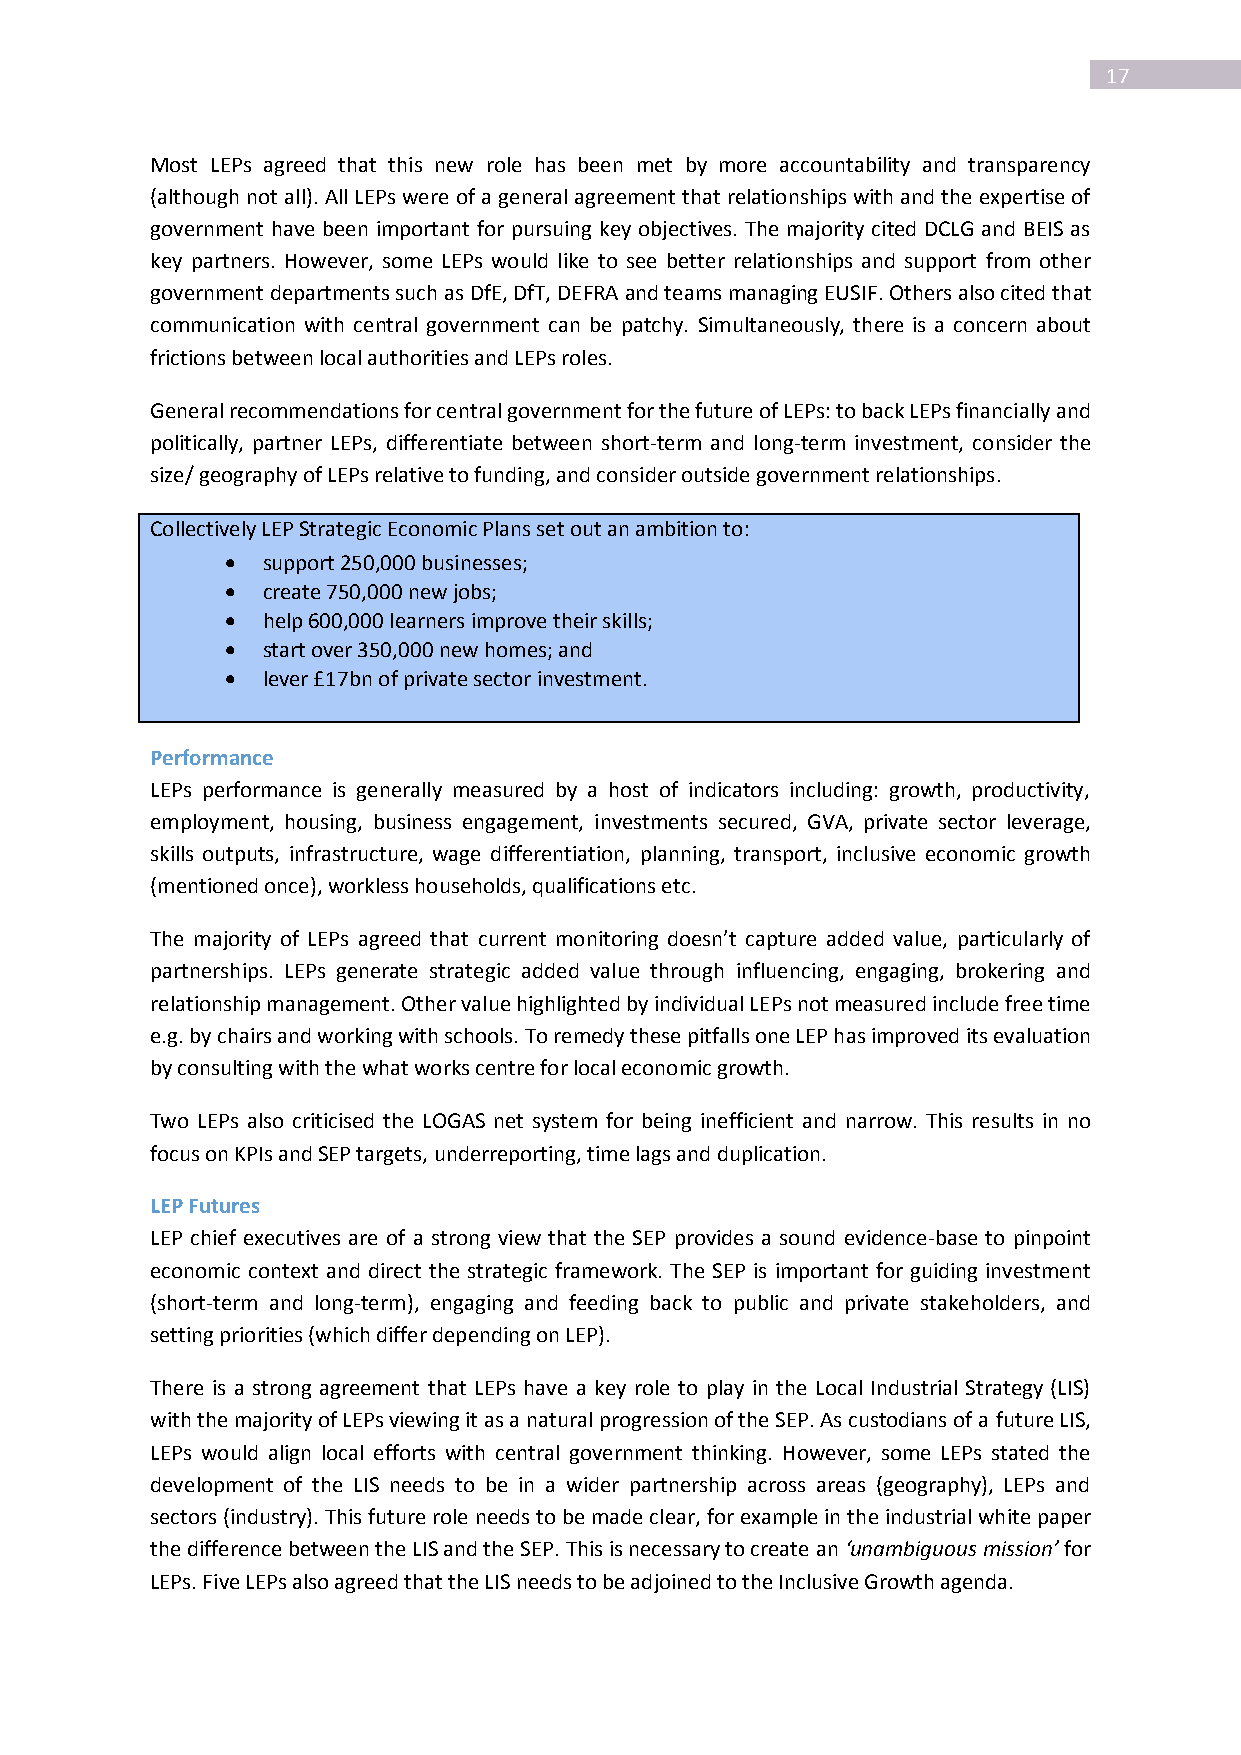
17
 Most LEPs agreed that this new role has been met by more accountability and transparency
 (although not all). All LEPs were of a general agreement that relationships with and the expertise of
 government have been important for pursuing key objectives. The majority cited DCLG and BEIS as
 key partners. However, some LEPs would like to see better relationships and support from other
 government departments such as DfE, DfT, DEFRA and teams managing EUSIF. Others also cited that
 communication with central government can be patchy. Simultaneously, there is a concern about
 frictions between local authorities and LEPs roles.
 General recommendations for central government for the future of LEPs: to back LEPs financially and
 politically, partner LEPs, differentiate between short-term and long-term investment, consider the
 size/ geography of LEPs relative to funding, and consider outside government relationships.
 Collectively LEP Strategic Economic Plans set out an ambition to:
  support 250,000 businesses;
  create 750,000 new jobs;
  help 600,000 learners improve their skills;
  start over 350,000 new homes; and
  lever £17bn of private sector investment.
 Performance
 LEPs performance is generally measured by a host of indicators including: growth, productivity,
 employment, housing, business engagement, investments secured, GVA, private sector leverage,
 skills outputs, infrastructure, wage differentiation, planning, transport, inclusive economic growth
 (mentioned once), workless households, qualifications etc.
 The majority of LEPs agreed that current monitoring doesn’t capture added value, particularly of
 partnerships. LEPs generate strategic added value through influencing, engaging, brokering and
 relationship management. Other value highlighted by individual LEPs not measured include free time
 e.g. by chairs and working with schools. To remedy these pitfalls one LEP has improved its evaluation
 by consulting with the what works centre for local economic growth.
 Two LEPs also criticised the LOGAS net system for being inefficient and narrow. This results in no
 focus on KPIs and SEP targets, underreporting, time lags and duplication.
 LEP Futures
 LEP chief executives are of a strong view that the SEP provides a sound evidence-base to pinpoint
 economic context and direct the strategic framework. The SEP is important for guiding investment
 (short-term and long-term), engaging and feeding back to public and private stakeholders, and
 setting priorities (which differ depending on LEP).
 There is a strong agreement that LEPs have a key role to play in the Local Industrial Strategy (LIS)
 with the majority of LEPs viewing it as a natural progression of the SEP. As custodians of a future LIS,
 LEPs would align local efforts with central government thinking. However, some LEPs stated the
 development of the LIS needs to be in a wider partnership across areas (geography), LEPs and
 sectors (industry). This future role needs to be made clear, for example in the industrial white paper
 the difference between the LIS and the SEP. This is necessary to create an ‘unambiguous mission’ for
 LEPs. Five LEPs also agreed that the LIS needs to be adjoined to the Inclusive Growth agenda.